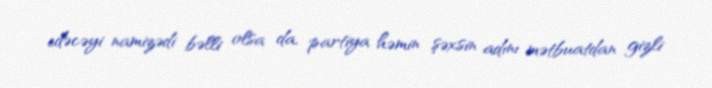
edəcəyi namizədi bəlli olsa da, partiya həmin şəxsin adını mətbuatdan gizli